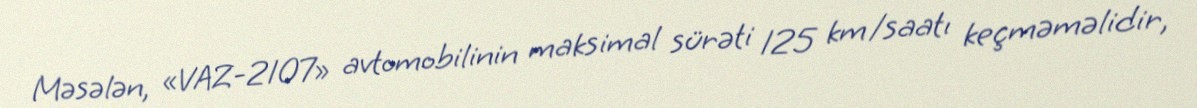
Məsələn, «VAZ-2107» avtomobilinin maksimal sürəti 125 km/saatı keçməməlidir,